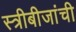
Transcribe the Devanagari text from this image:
स्त्रीबीजांची